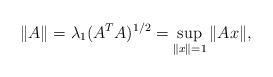
LaTeX: \begin{align*}\|A\| = \lambda_1 (A^T A)^{1/2} = \underset{\|x\|=1}{\sup}\,\|Ax\|, \end{align*}